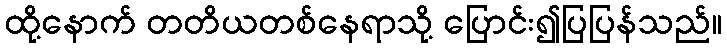
ထို့နောက် တတိယတစ်နေရာသို့ ပြောင်း၍ပြပြန်သည်။